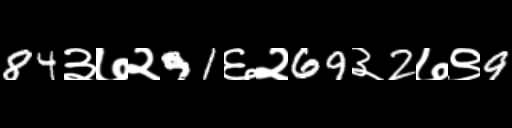
Text: 84३७२91६२69३2७९9